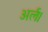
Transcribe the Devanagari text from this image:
अर्ल।